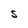
Character: S